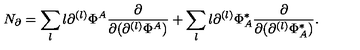
N _ { \partial } = \sum _ { l } l \partial ^ { ( l ) } \Phi ^ { A } \frac { \partial } { \partial ( \partial ^ { ( l ) } \Phi ^ { A } ) } + \sum _ { l } l \partial ^ { ( l ) } \Phi _ { A } ^ { * } \frac { \partial } { \partial ( \partial ^ { ( l ) } \Phi _ { A } ^ { * } ) } .